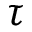
\tau